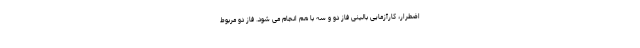
اضطرار، کارآزمایی بالینی فاز دو و سه با هم انجام می شود. فاز دو مربوط